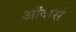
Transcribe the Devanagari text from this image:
ऑव्हर्स